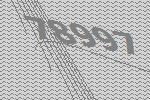
78997